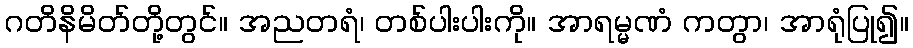
ဂတိနိမိတ်တို့တွင်။ အညတရံ၊ တစ်ပါးပါးကို။ အာရမ္မဏံ ကတွာ၊ အာရုံပြု၍။